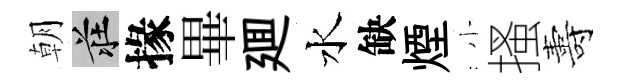
朝莊掾畢廽水缺煙小搔夀